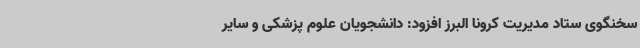
سخنگوی ستاد مدیریت کرونا البرز افزود: دانشجویان علوم پزشکی و سایر